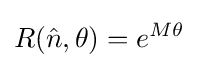
R({\hat {n}},\theta )=e^{M\theta }